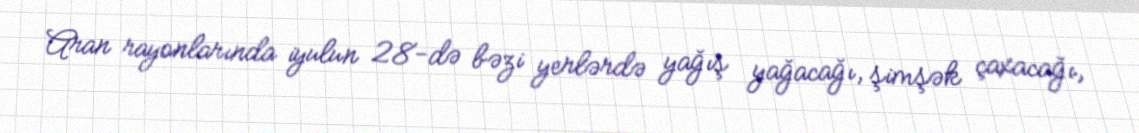
Aran rayonlarında iyulun 28-də bəzi yerlərdə yağış yağacağı, şimşək çaxacağı,